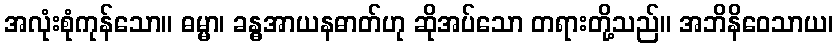
အလုံးစုံကုန်သော။ ဓမ္မာ၊ ခန္ဓအာယနဓာတ်ဟု ဆိုအပ်သော တရားတို့သည်။ အဘိနိဝေသာယ၊